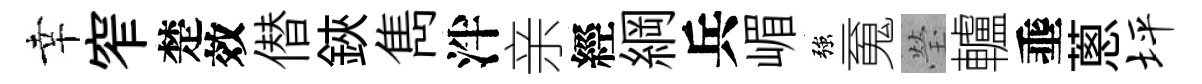
幸窄楚效僣鋏雋泮亲經綱兵嵋強䰟瑩轤埀蔥坪